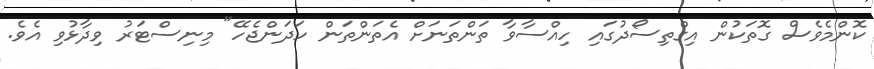
ކޮންމެވެސް ގޮތަކުން އިގްތިސޯދުގައި ހިއްސާވާ ތަންތަނަށް އެތަންތަން ހަދަންޖެހޭ" މިނިސްޓަރު ވިދާޅުވި އެވެ.